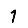
Digit: 1